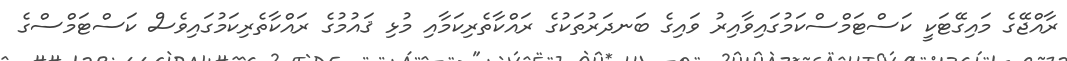
ރާއްޖޭގެ މައިގޭޓަކީ ކަސްޓަމްސްކަމުގައިވާއިރު ވައިގެ ބަނދަރުތަކުގެ ރައްކާތެރިކަމާއި މުޅި ޤައުމުގެ ރައްކާތެރިކަމުގައިވެސް ކަސްޓަމްސްގެ